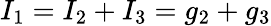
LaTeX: I_{1}=I_{2}+I_{3}=g_{2}+g_{3}